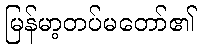
မြန်မာ့တပ်မတော်၏